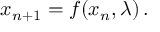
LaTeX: x _ { n + 1 } = f ( x _ { n } , \lambda ) \, .